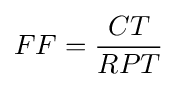
FF={\frac {CT}{RPT}}